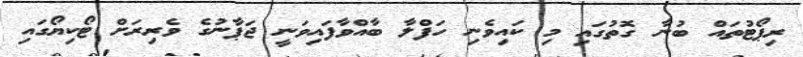
ރިޕޯޓުތައް ބުނާ ގޮތުގައި މި ކައިވެނި ހަފްލާ ބާއްވާފައިވަނީ ޖަޕާނުގެ ވެރިރަށް ޓޯކިޔޯގައި